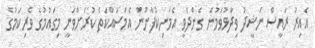
އެއިރު ރައީސް ނަޝީދު ވިދާޅުވަމުން ގެންދެވީ އެމަނިކުފާނުން އެމަސައްކަތް ކުރަށްވަނީ މިގައުމުގެ ވެރިކަމުގެ